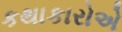
કથાકારોએ